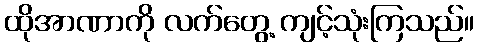
ထိုအာဏာကို လက်တွေ့ ကျင့်သုံးကြသည်။